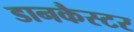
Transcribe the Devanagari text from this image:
डानकैस्टर